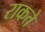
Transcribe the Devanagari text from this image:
राकते